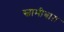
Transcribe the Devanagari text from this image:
स्वामीबाग़